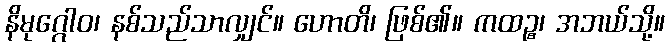
နိမုဂ္ဂေါဝ၊ နစ်သည်သာလျှင်။ ဟောတိ၊ ဖြစ်၏။ ကထဉ္စ၊ အဘယ်သို့။